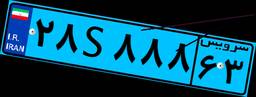
۶۶S۲۳۲۷۴